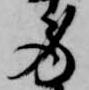
労